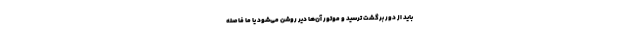
باید از دور برگشت ترسید و موتور آن‌ها دیر روشن می‌شود یا ما فاصله